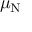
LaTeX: \mu _ { \mathrm { N } }